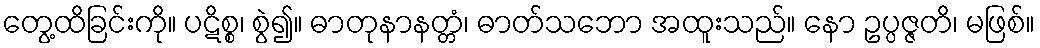
တွေ့ထိခြင်းကို။ ပဋိစ္စ၊ စွဲ၍။ ဓာတုနာနတ္တံ၊ ဓာတ်သဘော အထူးသည်။ နော ဥပ္ပဇ္ဇတိ၊ မဖြစ်။